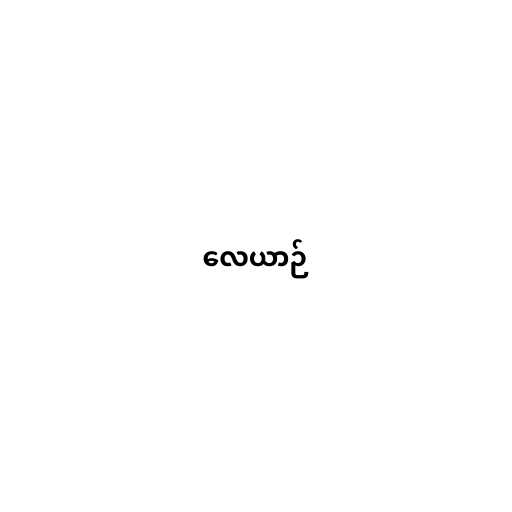
လေယာဉ်